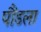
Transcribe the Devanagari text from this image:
पौंडला